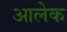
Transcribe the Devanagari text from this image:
आलेक